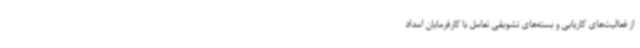
از فعالیت‌های کاریابی و بسته‌های تشویقی تعامل با کارفرمایان امداد